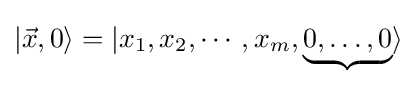
|{\vec {x}},0\rangle =|x_{1},x_{2},\cdots ,x_{m},\underbrace {0,\dots ,0} \rangle